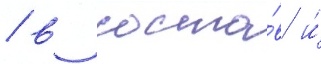
/ в соста́в и́